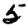
Digit: 5